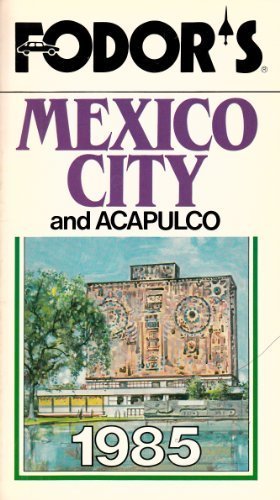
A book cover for FD MEXICO CITY 1985; Fodor's; Travel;